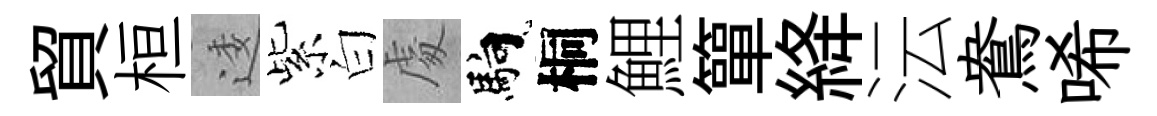
貿桓逶紫白䖏馿桐鯉簞絳沄鴦唏